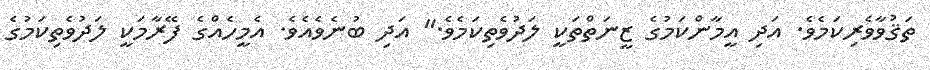
ތަޤުވާވެރިކަމެވެ. އަދި އީމާންކަމުގެ ޒީނަތްތަކީ ލަދުވެތިކަމެވެ." އަދި ބުނެވެއެވެ. އެމީހެއްގެ ފޭރާމަކީ ލަދުވެތިކަމުގެ